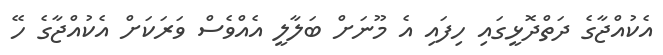
އެކުއްޖާގެ ދަތްދޮޅީގައި ހިފައި އެ މޫނަށް ބަލާލީ އެއްވެސް ވަރަކަށް އެކުއްޖާގެ ހޭ